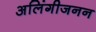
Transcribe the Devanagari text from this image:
अलिंगीजनन